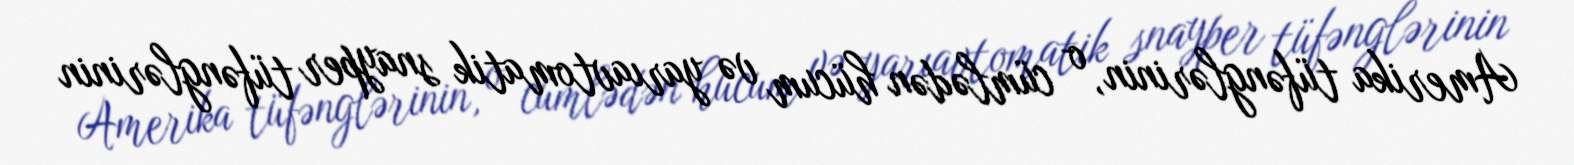
Amerika tüfənglərinin, o cümlədən hücum və yarıavtomatik snayper tüfənglərinin